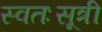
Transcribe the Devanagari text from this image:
स्वतःसूत्री